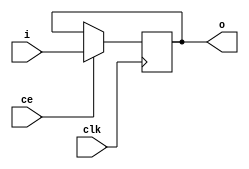
/* ===============================================================
	(C) 2006  Robert Finch
	All rights reserved.
	rob@birdcomputer.ca

	delay.v
		- delays signals by so many clock cycles


	This source code is free for use and modification for
	non-commercial or evaluation purposes, provided this
	copyright statement and disclaimer remains present in
	the file.

	If you do modify the code, please state the origin and
	note that you have modified the code.

	NO WARRANTY.
	THIS Work, IS PROVIDEDED "AS IS" WITH NO WARRANTIES OF
	ANY KIND, WHETHER EXPRESS OR IMPLIED. The user must assume
	the entire risk of using the Work.

	IN NO EVENT SHALL THE AUTHOR OR CONTRIBUTORS BE LIABLE FOR
	ANY INCIDENTAL, CONSEQUENTIAL, OR PUNITIVE DAMAGES
	WHATSOEVER RELATING TO THE USE OF THIS WORK, OR YOUR
	RELATIONSHIP WITH THE AUTHOR.

	IN ADDITION, IN NO EVENT DOES THE AUTHOR AUTHORIZE YOU
	TO USE THE WORK IN APPLICATIONS OR SYSTEMS WHERE THE
	WORK'S FAILURE TO PERFORM CAN REASONABLY BE EXPECTED
	TO RESULT IN A SIGNIFICANT PHYSICAL INJURY, OR IN LOSS
	OF LIFE. ANY SUCH USE BY YOU IS ENTIRELY AT YOUR OWN RISK,
	AND YOU AGREE TO HOLD THE AUTHOR AND CONTRIBUTORS HARMLESS
	FROM ANY CLAIMS OR LOSSES RELATING TO SUCH UNAUTHORIZED
	USE.

=============================================================== */

module delay1
	#(parameter WID = 1)
	(
	input clk,
	input ce,
	input [WID:1] i,
	output reg [WID:1] o
	);

	always @(posedge clk)
		if (ce)
			o <= i;

endmodule


module delay2
	#(parameter WID = 1)
	(
	input clk,
	input ce,
	input [WID:1] i,
	output reg [WID:1] o
	);


	reg	[WID:1]	r1;
	
	always @(posedge clk)
		if (ce)
			r1 <= i;
	
	always @(posedge clk)
		if (ce)
			o <= r1;
	
endmodule


module delay3
	#(parameter WID = 1)
	(
	input clk,
	input ce,
	input [WID:1] i,
	output reg [WID:1] o
	);

	reg	[WID:1] r1, r2;
	
	always @(posedge clk)
		if (ce)
			r1 <= i;
	
	always @(posedge clk)
		if (ce)
			r2 <= r1;
	
	always @(posedge clk)
		if (ce)
			o <= r2;
			
endmodule
	
module delay4
	#(parameter WID = 1)
	(
	input clk,
	input ce,
	input [WID:1] i,
	output reg [WID:1] o
	);

	reg	[WID:1] r1, r2, r3;
	
	always @(posedge clk)
		if (ce)
			r1 <= i;
	
	always @(posedge clk)
		if (ce)
			r2 <= r1;
	
	always @(posedge clk)
		if (ce)
			r3 <= r2;
	
	always @(posedge clk)
		if (ce)
			o <= r3;

endmodule

	
module delay5
#(parameter WID = 1)
(
	input clk,
	input ce,
	input [WID:1] i,
	output reg [WID:1] o
);

	reg	[WID:1] r1, r2, r3, r4;
	
	always @(posedge clk)
		if (ce) r1 <= i;
	
	always @(posedge clk)
		if (ce) r2 <= r1;
	
	always @(posedge clk)
		if (ce) r3 <= r2;
	
	always @(posedge clk)
		if (ce) r4 <= r3;
	
	always @(posedge clk)
		if (ce) o <= r4;
	
endmodule